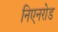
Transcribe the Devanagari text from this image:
निएनरोड